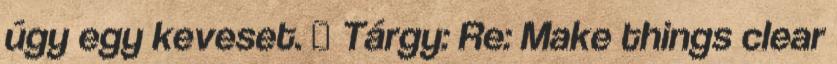
úgy egy keveset. ₰ Tárgy: Re: Make things clear